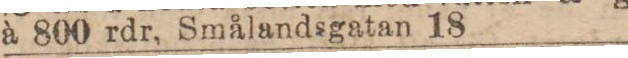
à 800 rdr, Smålandsgatan 18